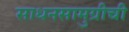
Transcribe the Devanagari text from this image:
साधनसामुग्रीची